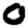
Digit: 0